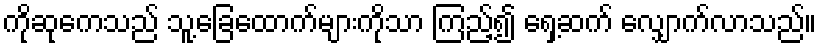
ကိုဆုကေသည် သူ့ခြေထောက်များကိုသာ ကြည့်၍ ရှေ့ဆက် လျှောက်လာသည်။